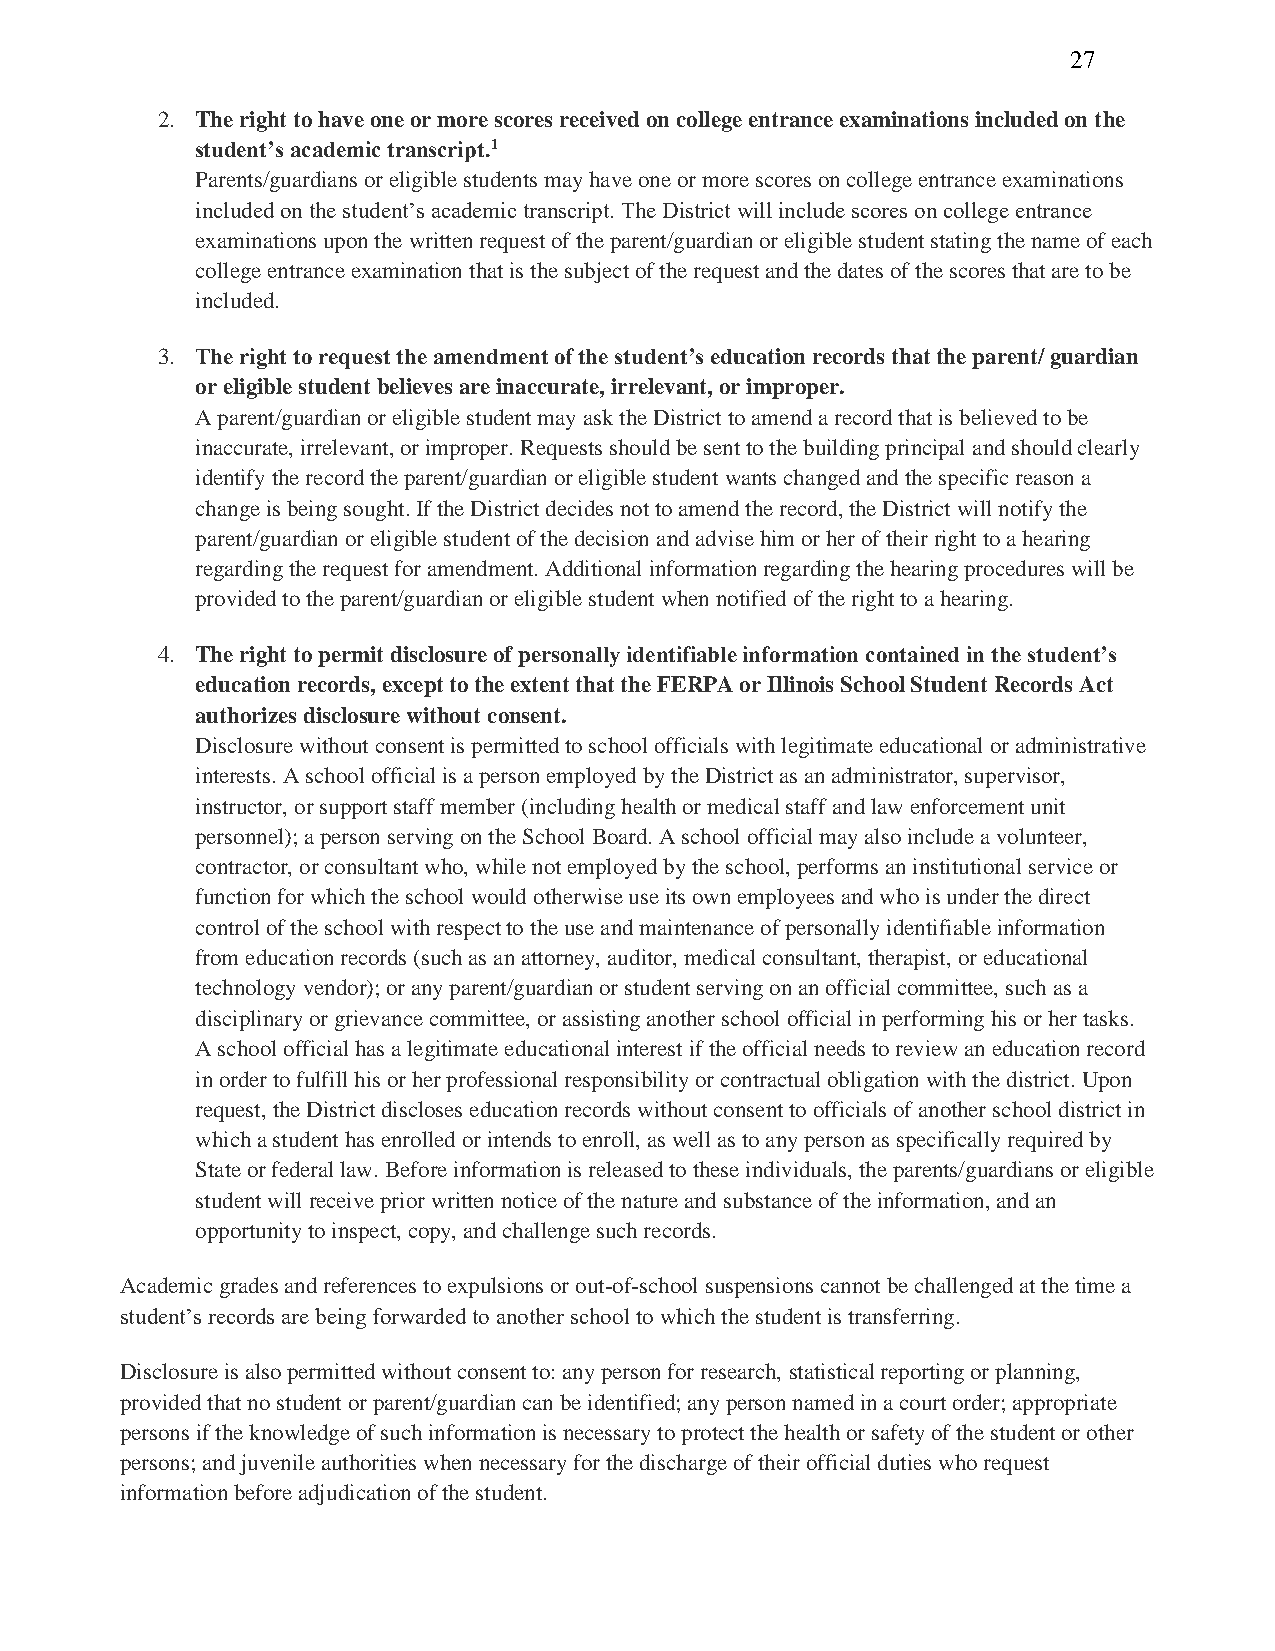
27
 2. The right to have one or more scores received on college entrance examinations included on the
 student’s academic transcript.1
 Parents/guardians or eligible students may have one or more scores on college entrance examinations
 included on the student’s academic transcript. The District will include scores on college entrance
 examinations upon the written request of the parent/guardian or eligible student stating the name of each
 college entrance examination that is the subject of the request and the dates of the scores that are to be
 included.
 3. The right to request the amendment of the student’s education records that the parent/ guardian
 or eligible student believes are inaccurate, irrelevant, or improper.
 A parent/guardian or eligible student may ask the District to amend a record that is believed to be
 inaccurate, irrelevant, or improper. Requests should be sent to the building principal and should clearly
 identify the record the parent/guardian or eligible student wants changed and the specific reason a
 change is being sought. If the District decides not to amend the record, the District will notify the
 parent/guardian or eligible student of the decision and advise him or her of their right to a hearing
 regarding the request for amendment. Additional information regarding the hearing procedures will be
 provided to the parent/guardian or eligible student when notified of the right to a hearing.
 4. The right to permit disclosure of personally identifiable information contained in the student’s
 education records, except to the extent that the FERPA or Illinois School Student Records Act
 authorizes disclosure without consent.
 Disclosure without consent is permitted to school officials with legitimate educational or administrative
 interests. A school official is a person employed by the District as an administrator, supervisor,
 instructor, or support staff member (including health or medical staff and law enforcement unit
 personnel); a person serving on the School Board. A school official may also include a volunteer,
 contractor, or consultant who, while not employed by the school, performs an institutional service or
 function for which the school would otherwise use its own employees and who is under the direct
 control of the school with respect to the use and maintenance of personally identifiable information
 from education records (such as an attorney, auditor, medical consultant, therapist, or educational
 technology vendor); or any parent/guardian or student serving on an official committee, such as a
 disciplinary or grievance committee, or assisting another school official in performing his or her tasks.
 A school official has a legitimate educational interest if the official needs to review an education record
 in order to fulfill his or her professional responsibility or contractual obligation with the district. Upon
 request, the District discloses education records without consent to officials of another school district in
 which a student has enrolled or intends to enroll, as well as to any person as specifically required by
 State or federal law. Before information is released to these individuals, the parents/guardians or eligible
 student will receive prior written notice of the nature and substance of the information, and an
 opportunity to inspect, copy, and challenge such records.
 Academic grades and references to expulsions or out-of-school suspensions cannot be challenged at the time a
 student’s records are being forwarded to another school to which the student is transferring.
 Disclosure is also permitted without consent to: any person for research, statistical reporting or planning,
 provided that no student or parent/guardian can be identified; any person named in a court order; appropriate
 persons if the knowledge of such information is necessary to protect the health or safety of the student or other
 persons; and juvenile authorities when necessary for the discharge of their official duties who request
 information before adjudication of the student.